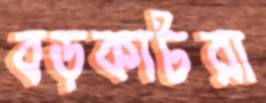
বড়কাটরা